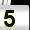
Digit: 5